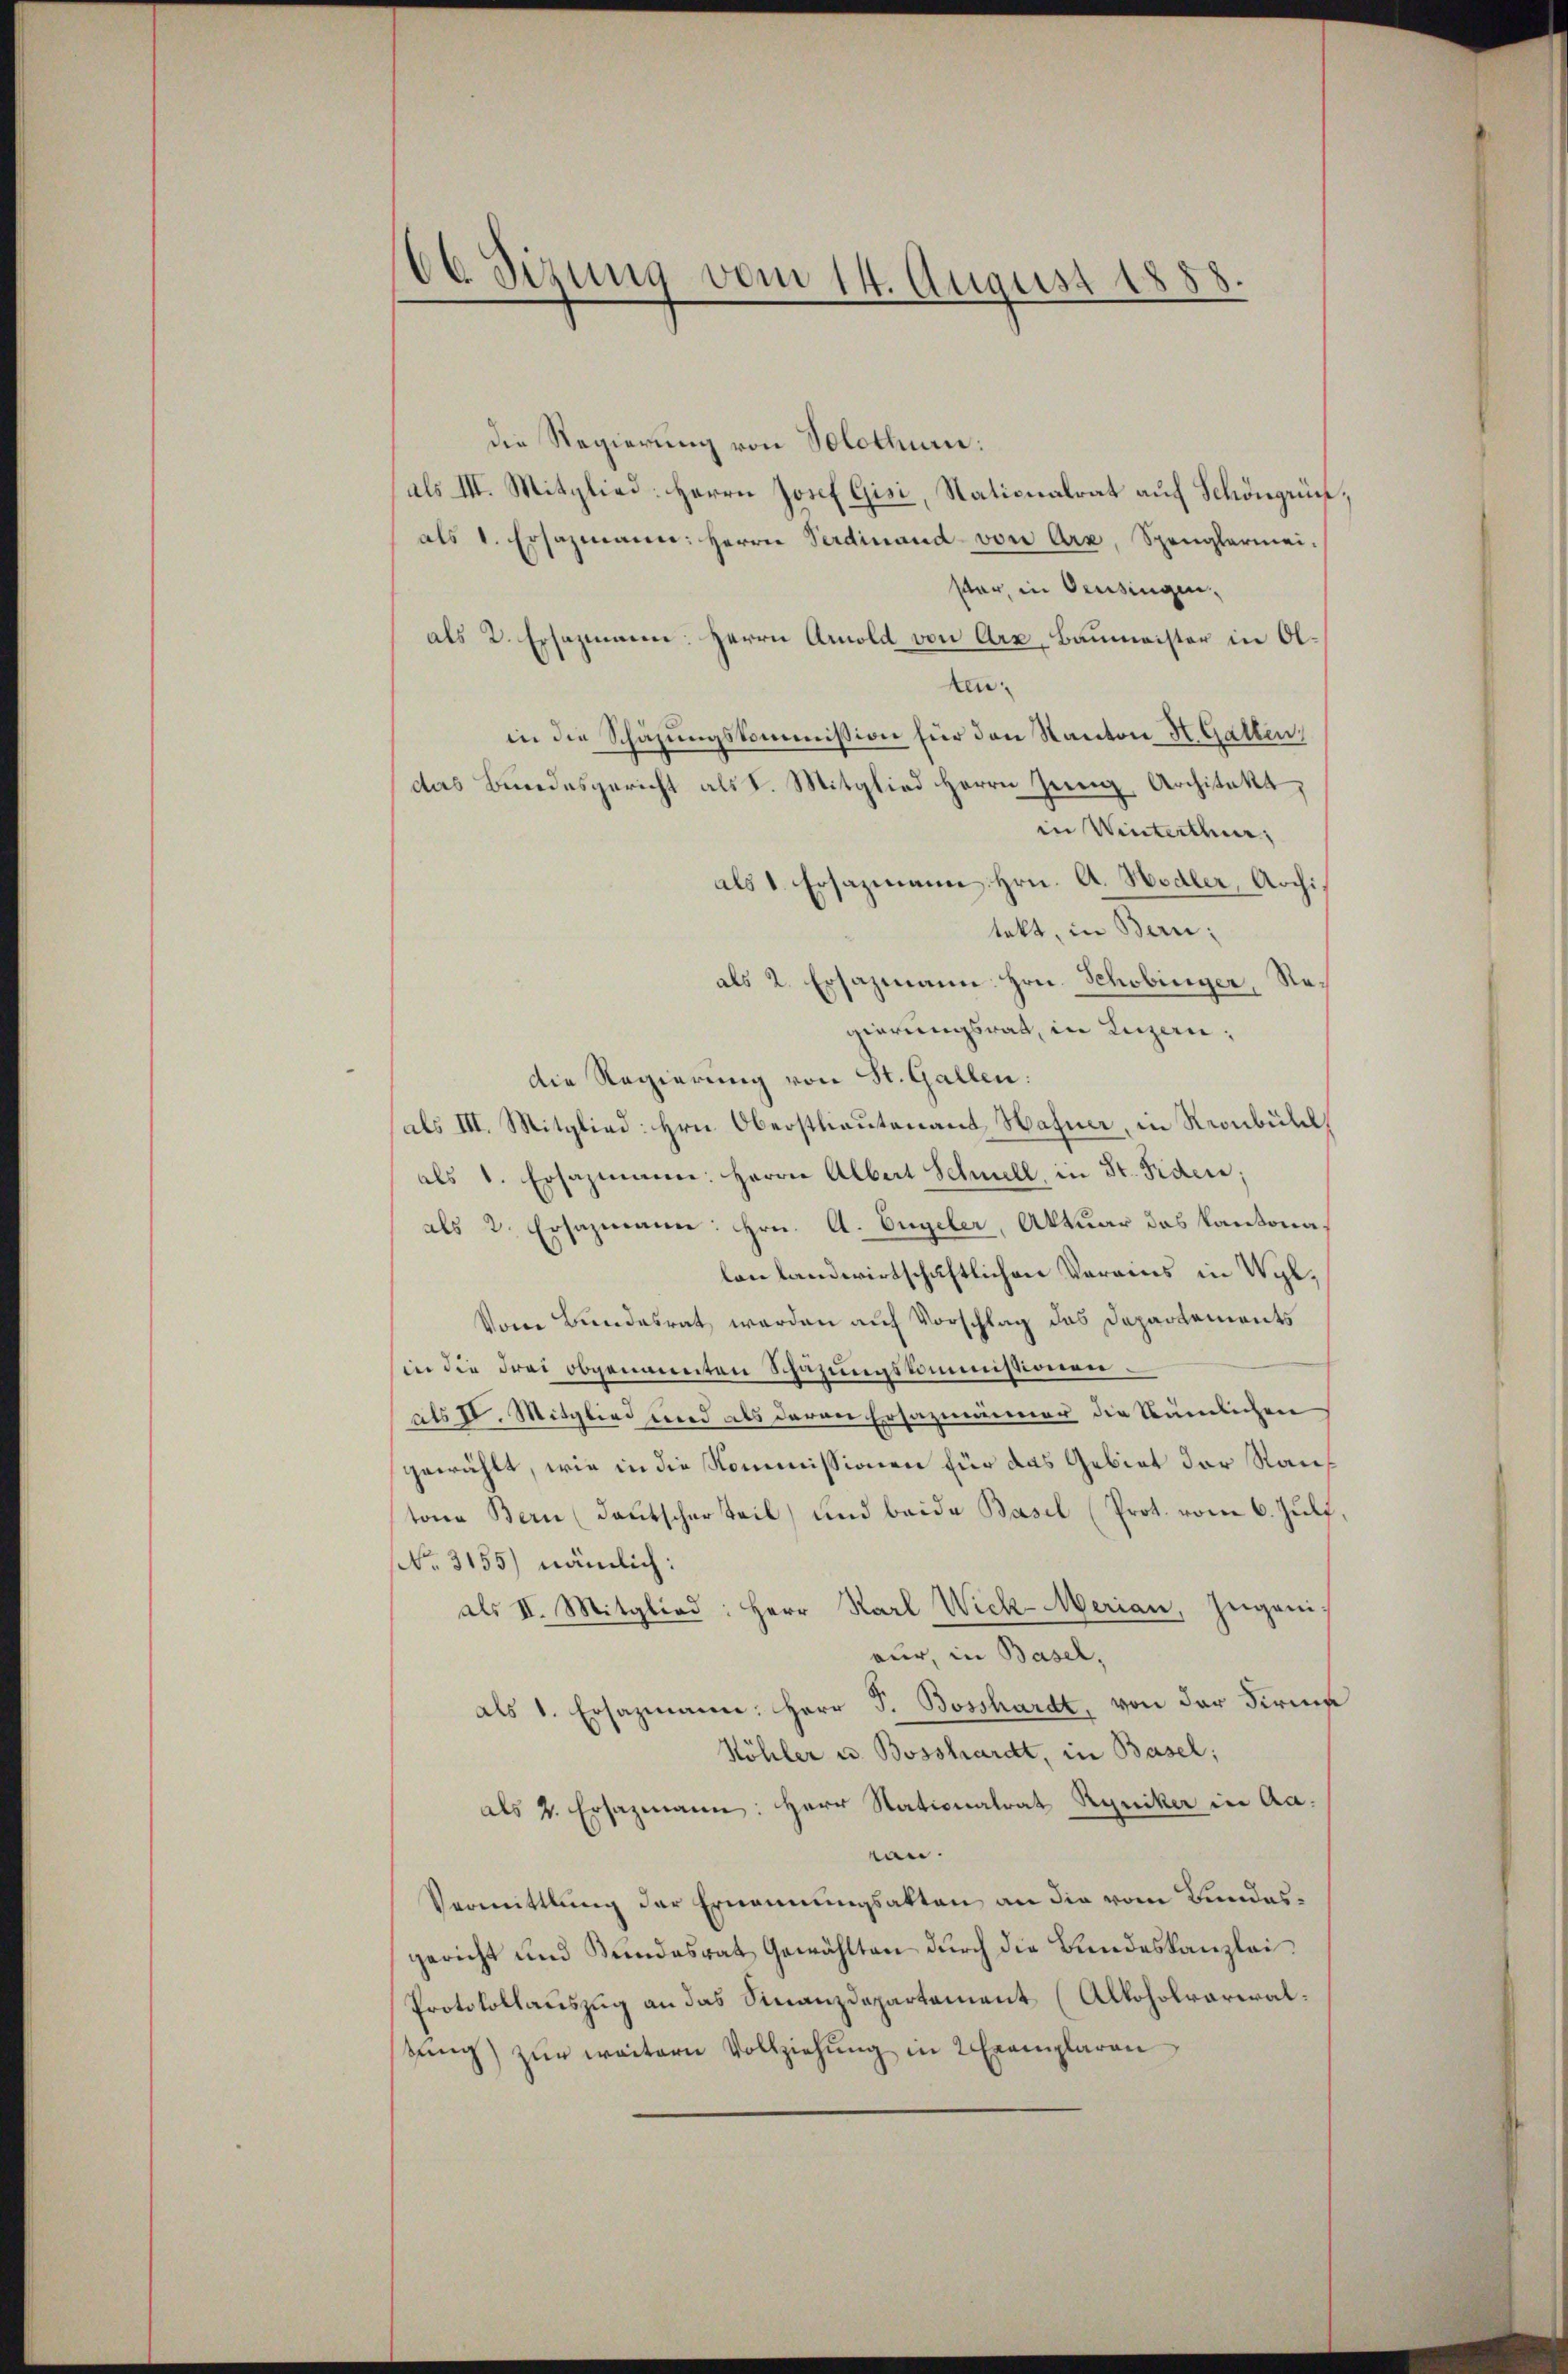
66 Sizung vom 14. August 1858

die Regierung von Solothur:
als III. Mitglied: Herrn Josef Gisi, Nationalrat auf Schöngrün
als 1. Ersazmann: Herrn Verdinand von Arx, Spenglermei-
ster, in Oeusingen,
als 2. Ersazmann: Herrn Arnold von Arx, Baumeister in Olken.
in die Schazungskommission für den Kanton H. Gatten,
das Bundesgericht als d. Mitglied Herrn Jung, Architekt,
in Winterthur,
als 1. Ersazmann Hrn. A. Hodler, Archi
tekt, in Bern;
als 2. Ersazmann Hrn. Schobinger, Regierungsrat, in Luzern,
Die Regierung von St. Gallen:
als III. Mitglied: Hrn. Oberstlieutenant Hafner, in Kronbull
als 1. Ersazmann. Herrn Albert Schell, in St. Fiden;
als 2. Ersazmann: Hrn. A. Engeler, Aktuar das Kantonalon landwirtschaftlichen Verains in Wyl,
Vom Bundesrat werden auf Vorschlag das Departements
in die drei obgenannten Schazungskommissionen
als II. Mitglied und als daran Ersazmänner die Sauerlichen
gewählt, wie in die Kommissionen für das Gebiet der Rautone Bern (dautscher Teil, und beide Basel (Prot. vom 6. Juli
No. 3155) nämlich:
als II. Mitglied: Herr Karl Wick-Merian, Zugani-
aur, in Basel,
als 1. Ersazmann: Herr J. Bosshardt, von der Firme
Köhler u. Bosshardt, in Basel;
als 2. Ersazmann: Herr Nationalrat Ryniker in Aaean.
Vermittlung der Ernennungsakten an die vom Bundesgericht und Bundesrat Gewählten durch die Bundeskanzlei¬
Protokollauszug an das Finanzdepartement (Alkoholvariralsung) zŭr weitern Vollziehung in 2 Exemplaren